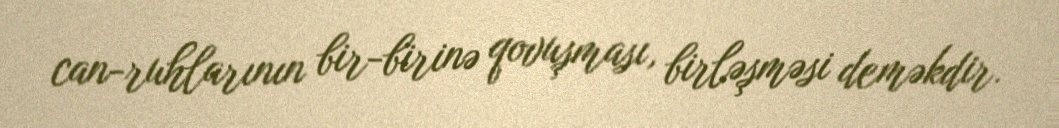
can-ruhlarının bir-birinə qovuşması, birləşməsi deməkdir.